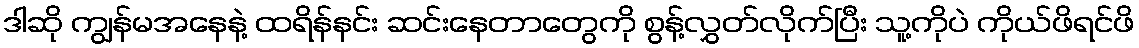
ဒါဆို ကျွန်မအနေနဲ့ ထရိန်နင်း ဆင်းနေတာတွေကို စွန့်လွှတ်လိုက်ပြီး သူ့ကိုပဲ ကိုယ်ဖိရင်ဖိ